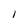
Character: l